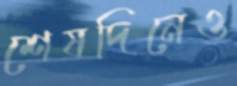
শেষদিনেও